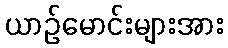
ယာဉ်မောင်းများအား